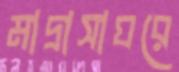
মাদ্রাসাঘরে